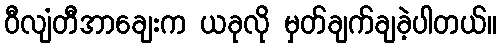
ဝီလျံတီအာချေးက ယခုလို မှတ်ချက်ချခဲ့ပါတယ်။